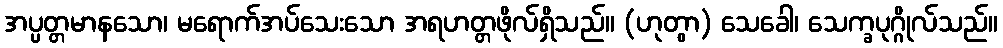
အပ္ပတ္တမာနသော၊ မရောက်အပ်သေးသော အရဟတ္တဖိုလ်ရှိသည်။ (ဟုတွာ) သေခေါ၊ သေက္ခပုဂ္ဂိုလ်သည်။